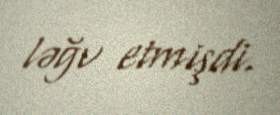
ləğv etmişdi.